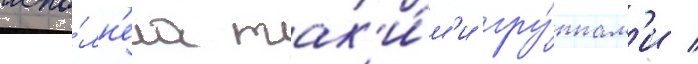
испо́лн'ена так'и́м'и гру́ппам'и /